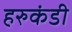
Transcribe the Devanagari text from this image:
हरुकंडी